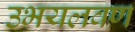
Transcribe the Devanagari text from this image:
उभयलवण